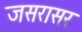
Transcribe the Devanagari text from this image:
जसरासर